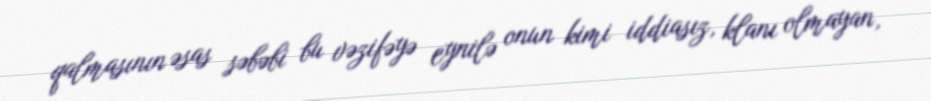
qalmasının əsas səbəbi bu vəzifəyə eynilə onun kimi iddiasız, klanı olmayan,